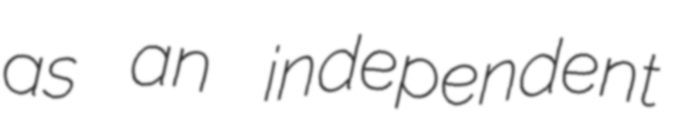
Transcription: as an independent